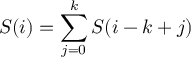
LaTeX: S ( i ) = \sum _ { j = 0 } ^ { k } S ( i - k + j )